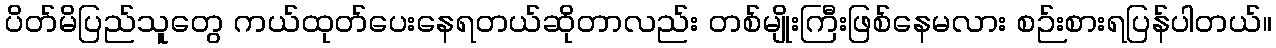
ပိတ်မိပြည်သူတွေ ကယ်ထုတ်ပေးနေရတယ်ဆိုတာလည်း တစ်မျိုးကြီးဖြစ်နေမလား စဉ်းစားရပြန်ပါတယ်။